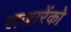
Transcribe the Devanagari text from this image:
लजारेंको